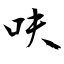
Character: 呋